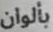
بألوان